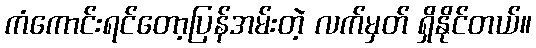
ကံကောင်းရင်တော့ပြန်အမ်းတဲ့ လက်မှတ် ရှိနိုင်တယ်။